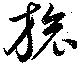
旅